Report of the King Institute of Preventive Medicine, Guindy
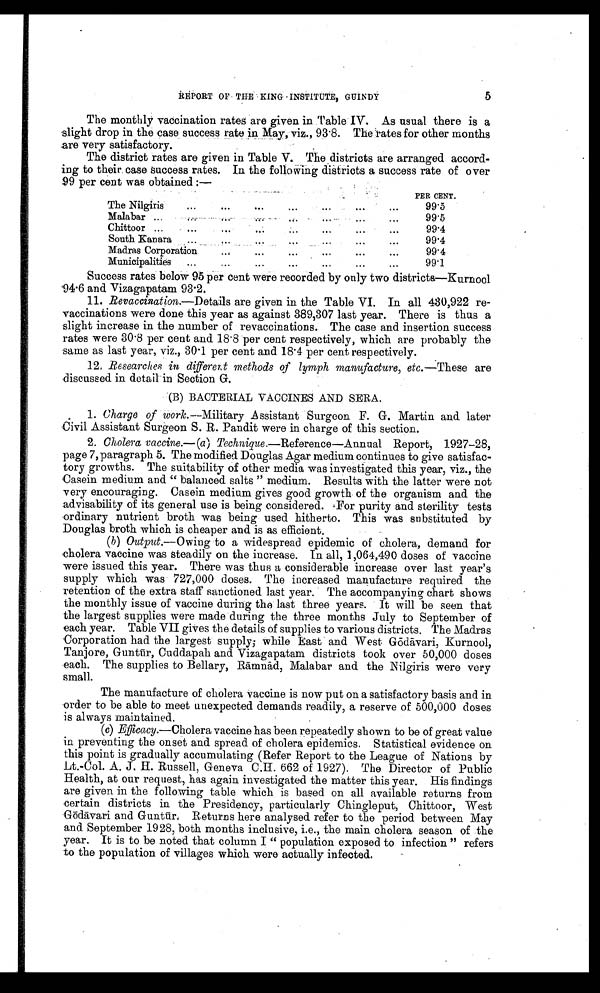
5
REPORT OF THE KING - INSTITUTE, GUIND
Y
The monthly vaccination rates are given in Table IV. As usual there is a
slight drop in the case success rate in May, viz., 93.8. The rates for other months
are very satisfactory.
The district rates are given in Table V. The districts are arranged accord-
ing to their case success rates. In the following districts a success rate of over
99 per cent was obtained :—
PER CENT.
The Nilgiris
...
...
...
...
...
...
99.5
Malabar ...
...
...
99.5
Chittoor ...
...
...
...
...
...
...
...
99.4
South Kanara ...
...
...
...
99.4
Madras Corporation
...
...
...
...
...
...
99.4
Municipalities
...
...
...
...
...
...
...
99.1
Success rates below 95 per cent were recorded by only two districts—Kurnool
94.6 and Vizagapatam 93.2.
11. Revaccination.—Details are given in the Table VI. In all 430,922 re-
vaccinations were done this year as against 389,307 last year. There is thus a
slight increase in the number of revaccinations. The case and insertion success
rates were 30.8 per cent and 18.8 per cent respectively, which are probably the
same as last year, viz., 30.1 per cent and 18.4 per cent respectively.
12. Researches in different methods of lymph manufacture, etc .—These are
discussed in detail in Section G.
(B) BACTERIAL VACCINES AND SERA.
1. Charge of work.—Military Assistant Surgeon F. G. Martin and later
Civil Assistant Surgeon S. R. Pandit were in charge of this section.
2. Cholera vaccine.— (a ) Technique.—Reference—Annual Report, 1927-28,
page 7, paragraph 5. The modified Douglas Agar medium continues to give satisfac-
tory growths. The suitability of other media was investigated this year, viz., the
Casein medium and "balanced salts" medium. Results with the latter were not
very encouraging. Casein medium gives good growth of the organism and the
advisability of its general use is being considered. For purity and sterility tests
ordinary nutrient broth was being used hitherto. This was substituted by
Douglas broth which is cheaper and is as efficient.
(b)
Output.—Owing to a widespread epidemic of cholera, demand for
cholera vaccine was steadily on the increase. In all, 1,064,490 doses of vaccine
were issued this year. There was thus a considerable increase over last year's
supply which was 727,000 doses. The increased manufacture required the
retention of the extra staff sanctioned last year. The
a c c o m p a n y i n g c h a r t s h o w s t h e m o n t h l y i s s u e o f v a c c i n e d u r i n g t h e l a s t t h r e e y e a r s . I t w i l l b e s e e n t h a t
the largest supplies were made during the three months July to September of
each year. Table VII gives the details of supplies to various districts. The Madras
Corporation had the largest supply; while East and West G ōdā vari, Kurnool,
Tanjore, Guntū r, Cuddapah and Vizagapatam districts took over 50,000 doses
each. The supplies to Bellary, Rā mnā d, Malabar and the Nilgiris were very
small.
The manufacture of cholera vaccine is now put on a satisfactory basis and in
order to be able to meet unexpected demands readily, a reserve of 500,000 doses
is always maintained.
(c) Efficacy .—Cholera vaccine has been repeatedly shown to be of great value
in preventing the onset and spread of cholera epidemics. Statistical evidence on
this point is gradually accumulating (Refer Report to the League of Nations by
Lt.-Col. A. J. H. Russell, Geneva C.H. 662 of 1927). The Director of Public
Health, at our request, has again investigated the matter this year. His findings
are given in the following table which is based on all available returns from
certain districts in the Presidency, particularly Chingleput, Chittoor, West
Gōdāvari and Guntū r. Returns here analysed refer to the period between May
and September 1928, both months inclusive, i.e., the main cholera season of the
year. It is to be noted that column I "population exposed to infection" refers
to the population of villages which were actually infected.